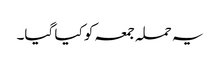
یہ حملہ جمعہ کو کیا گیا۔